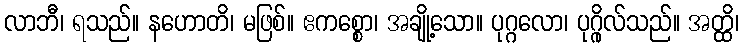
လာဘီ၊ ရသည်။ နဟောတိ၊ မဖြစ်။ ဧကစ္စော၊ အချို့သော။ ပုဂ္ဂလော၊ ပုဂ္ဂိုလ်သည်။ အတ္ထိ၊